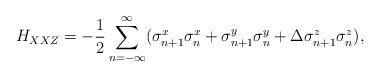
LaTeX: \begin{align*}H_{XXZ}=-\frac{1}{2}\sum_{n=-\infty}^{\infty} (\sigma_{n+1}^x \sigma_{n}^x + \sigma_{n+1}^y \sigma_{n}^y +\Delta \sigma_{n+1}^z \sigma_{n}^z),\end{align*}